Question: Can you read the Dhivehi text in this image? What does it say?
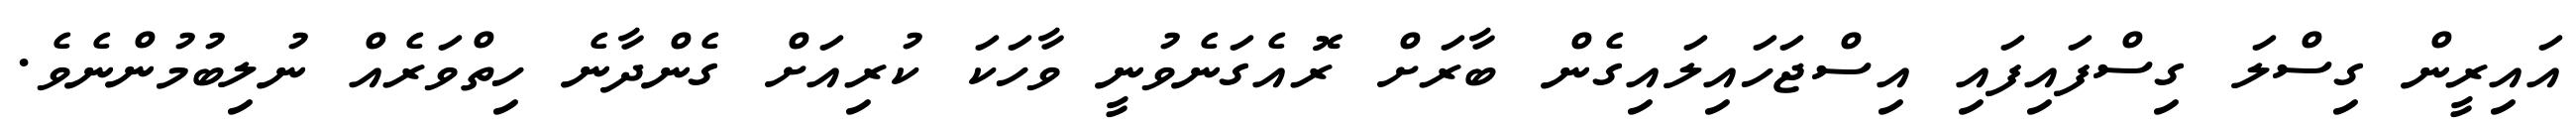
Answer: އައިރީން ގިސްލަ ގިސްފައިފައި އިސްޖަހައިލައިގެން ބާރަށް ރޮއެގަނެވުނީ ވާހަކަ ކުރިއަށް ގެންދާނެ ހިތްވަރެއް ނުލިބުމުންނެވެ.